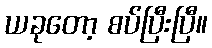
ယခုတော့ စပ်ပြီးပြီ။